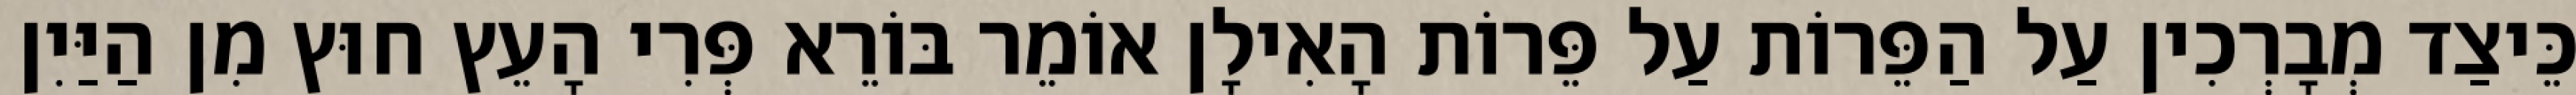
כֵּיצַד מְבָרְכִין עַל הַפֵּרוֹת עַל פֵּרוֹת הָאִילָן אוֹמֵר בּוֹרֵא פְּרִי הָעֵץ חוּץ מִן הַיַּיִן